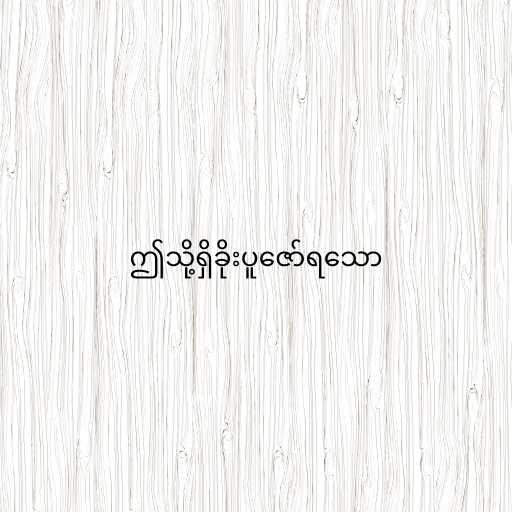
ဤသို့ရှိခိုးပူဇော်ရသော